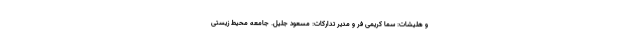
و هلیشات: سما کریمی فر و مدیر تدارکات: مسعود جلیل. جامعه محیط ‌زیستی